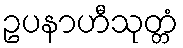
ဥပနာဟီသုတ္တံ